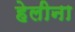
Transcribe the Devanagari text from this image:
हेलीना